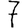
Digit: 7